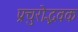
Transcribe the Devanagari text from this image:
प्रचुरोद्भवक